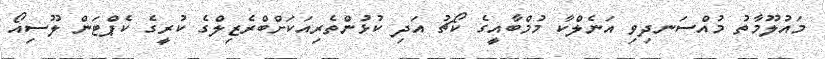
މައުލޫމާތު މުއްސަނދިވި އަނެލްކާ މުމްބާއީގެ ކޯޗު އަދި ކުޅުންތެރިއަކަށްބްރެޒިލްގެ ކުރީގެ ކެޕްޓަން ލޫސިއޯ